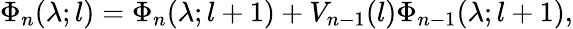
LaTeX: \Phi_{n}(\lambda;l)=\Phi_{n}(\lambda;l+1)+V_{n-1}(l)\Phi_{n-1}(\lambda;l+1),